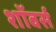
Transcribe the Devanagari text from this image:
शॉवर्स